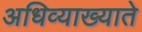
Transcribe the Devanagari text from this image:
अधिव्याख्याते